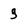
Character: g